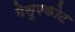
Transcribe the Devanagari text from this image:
मेलुरकोट